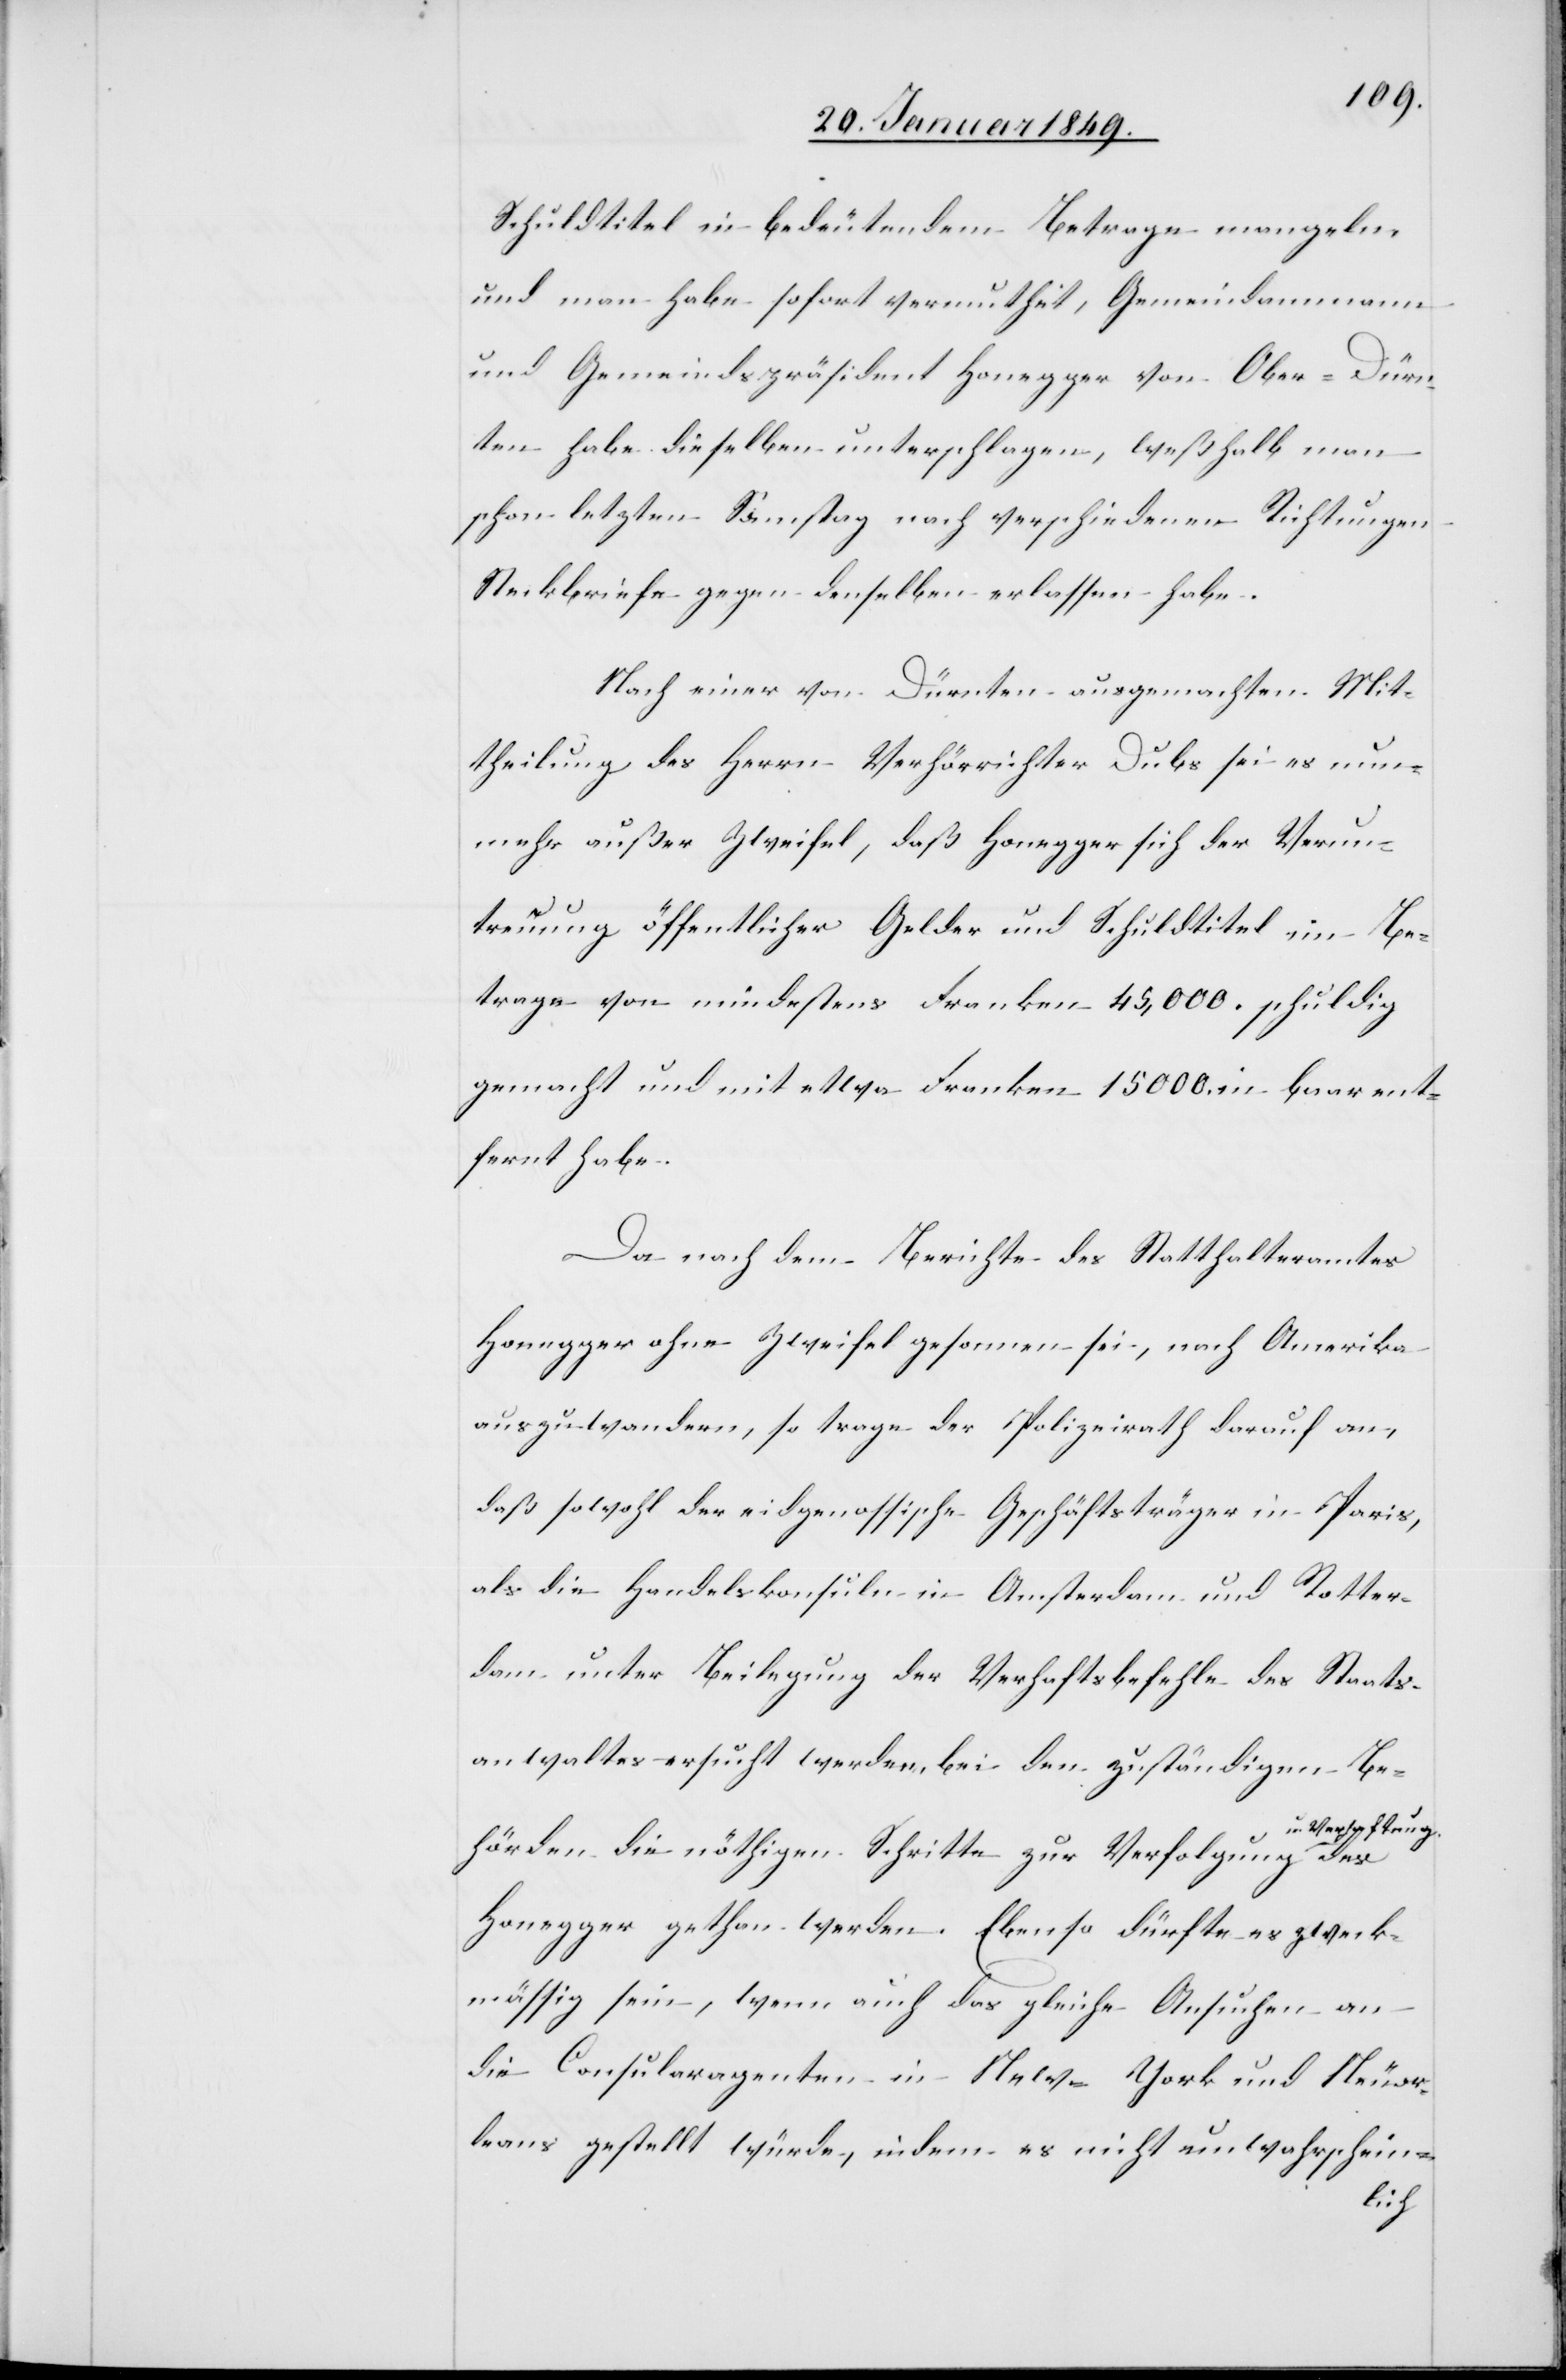
Schuldtitel in bedeutendem Betrage mangeln
und man habe sofort vermuthet, Gemeindammann
und Gemeindspräsident Honegger von Ober-Dürn¬
ten habe dieselben unterschlagen, weßhalb man
schon letzten Samstag nach verschiedenen Richtungen
Steckbriefe gegen denselben erlassen habe.
Nach einer von Dürnten ausgemachten Mit¬
theilung des Herrn Verhörrichter Dubs sei es nun¬
mehr außer Zweifel, daß Honegger sich der Verun¬
treuung öffentlicher Gelder und Schuldtitel im Be¬
trage von mindestens Franken 45,000. schuldig
gemacht und etwa Franken 15000. in baar ent¬
fernt habe.
Da nach dem Berichte des Statthalteramtes
Honegger ohne Zweifel gesonnen sei, nach Amerika
auszuwandern, so trage der Polizeirath darauf an,
daß sowohl der eidgenossische Geschäftsträger in Paris,
als die Handelskonsuln in Amsterdam und Rotter¬
dam unter Beilegung der Verhaftsbefehle des Staats¬
anwaltes ersucht werden, bei den zuständigen Be¬
Ver¬
des
haftung
hörden die nöthigen Schritte zur Verfolgung u.
Honegger gethan werden. Ebenso dürfte es zweck¬
mässig sein, wenn auch das gleiche Ansuchen an
die Consularagenten in New-York und Neuor¬
leans gestellt würde, indem es nicht unwahrschein-